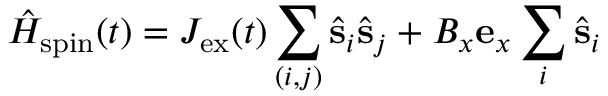
\hat { H } _ { \mathrm { s p i n } } ( t ) = J _ { \mathrm { e x } } ( t ) \sum _ { ( i , j ) } \hat { \bf s } _ { i } \hat { \bf s } _ { j } + B _ { x } { \bf e } _ { x } \sum _ { i } \hat { \bf s } _ { i }